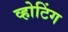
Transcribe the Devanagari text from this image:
व्होटिंग